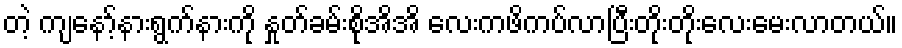
တဲ့ ကျနော့်နားရွက်နားကို နှုတ်ခမ်းစိုအိအိ လေးကဖိကပ်လာပြီးတိုးတိုးလေးမေးလာတယ်။